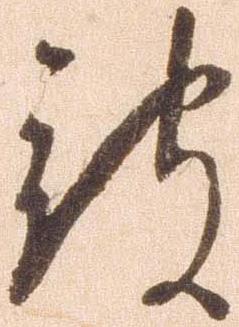
被